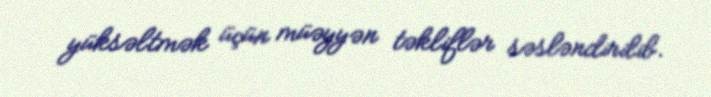
yüksəltmək üçün müəyyən təkliflər səsləndirilib.